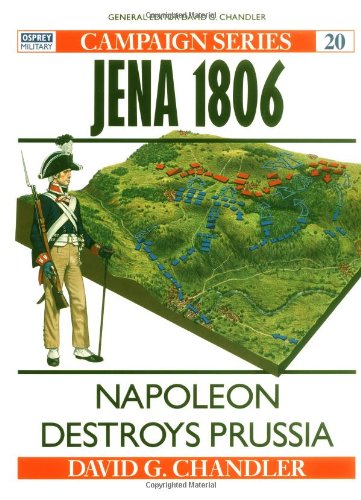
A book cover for Jena 1806: Napoleon Destroys Prussia (Campaign); David Chandler; History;